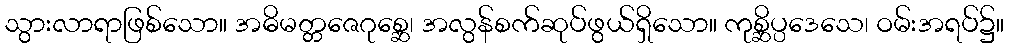
သွားလာရာဖြစ်သော။ အဓိမတ္တဇေဂုစ္ဆေ၊ အလွန်စက်ဆုပ်ဖွယ်ရှိသော။ ကုစ္ဆိပ္ပဒေသေ၊ ဝမ်းအရပ်၌။